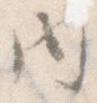
内